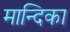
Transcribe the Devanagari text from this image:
मान्दिका